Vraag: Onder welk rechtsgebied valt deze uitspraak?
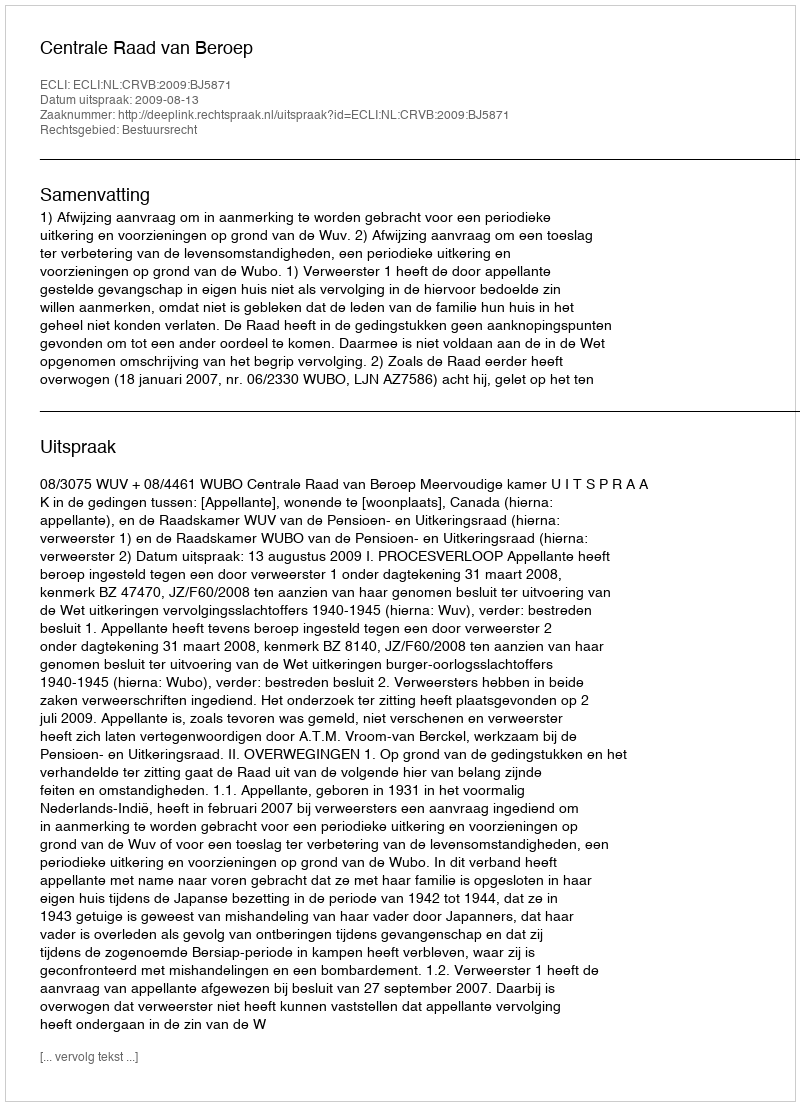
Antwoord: Bestuursrecht